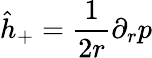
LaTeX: \hat{h}_{+}=\frac{1}{2r}\partial_{r}p